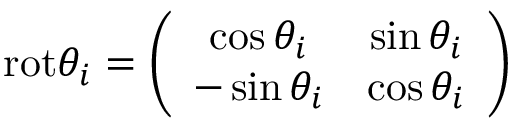
\mathrm { r o t } \theta _ { i } = \left( \begin{array} { c c } { { \cos \theta _ { i } } } & { { \sin \theta _ { i } } } \\ { { - \sin \theta _ { i } } } & { { \cos \theta _ { i } } } \end{array} \right)